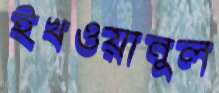
ইখওয়ানুল